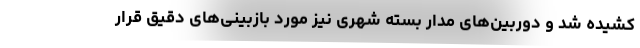
کشیده شد و دوربین‌های مدار بسته شهری نیز مورد بازبینی‌های دقیق قرار